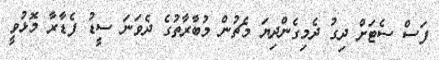
ފަސް ސެޓަށް ދިގު ދެމިގެންދިޔަ މެޗުން މުބާރާތުގެ ދެވަނަ ސީޑު ފެޑާރާ މޮޅުވީ